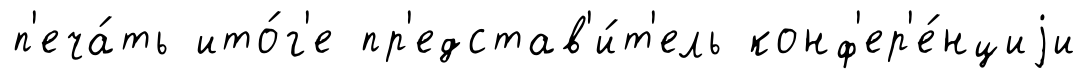
п'еча́ть ито́г'е пр'едстав'и́т'ель конф'ер'е́нциjи